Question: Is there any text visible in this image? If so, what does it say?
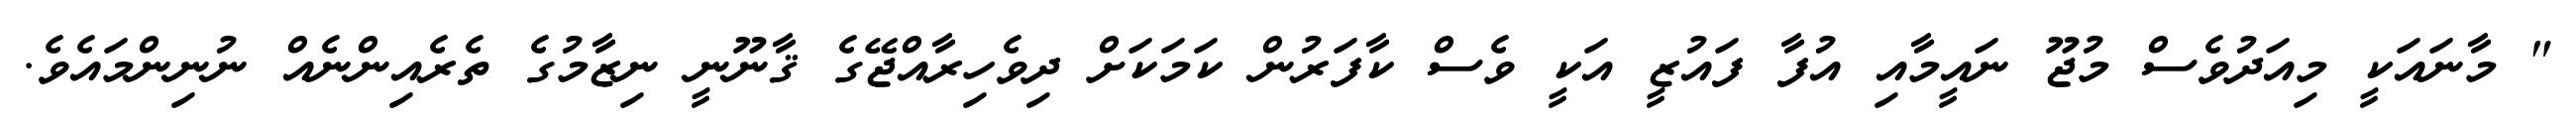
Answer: " މާނައަކީ މިއަދުވެސް މުޖޫ ނައީމާއި އުފާ ފައުޒީ އަކީ ވެސް ކާފަރުން ކަމަކަށް ދިވެހިރާއްޖޭގެ ޤާނޫނީ ނިޒާމުގެ ތެރެއިންނެއް ނުނިންމައެވެ.